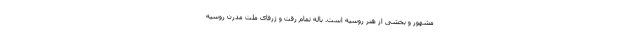
مشهور و بخشی از هنر روسیه است. باله تمام رقت و ژرفای ملت مدرن روسیه